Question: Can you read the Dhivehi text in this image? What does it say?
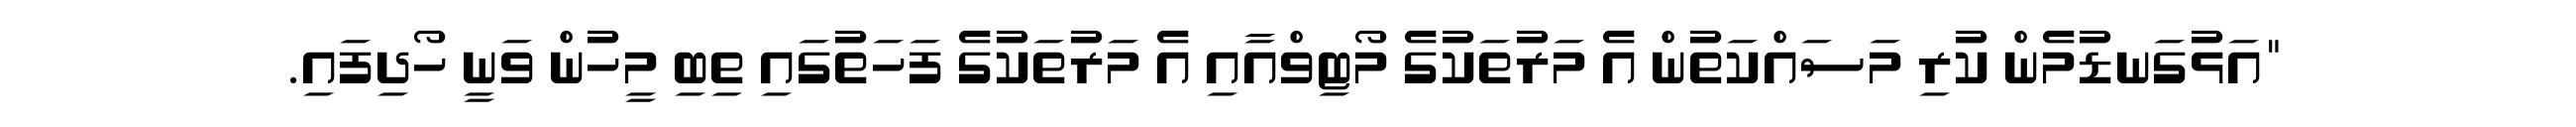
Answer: "އަޅުގަނޑުމެން ކުރި މަސައްކަތުން އެ މަރުތަކުގެ މޯޓިވްއާއި އެ މަރުތަކުގެ ފަހަތުގައި ތިބި މީހުން ވަނީ ހޯދިފައި.